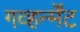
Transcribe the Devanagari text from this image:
गव्हर्न्मेंट